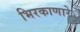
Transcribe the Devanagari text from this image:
भिरकाणारे